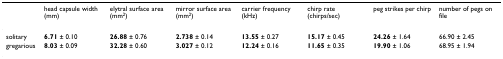
|  | head capsule width (mm) | elytral surface area (mm2) | mirror surface area (mm2) | carrier frequency (kHz) | chirp rate (chirps/sec) | peg strikes per chirp | number of pegs on file |
 | --- | --- | --- | --- | --- | --- | --- | --- |
 | solitary | 6.71 ± 0.10 | 26.88 ± 0.76 | 2.738 ± 0.14 | 13.55 ± 0.27 | 15.17 ± 0.45 | 24.26 ± 1.64 | 66.90 ± 2.45 |
 | gregarious | 8.03 ± 0.09 | 32.28 ± 0.60 | 3.027 ± 0.12 | 12.24 ± 0.16 | 11.65 ± 0.35 | 19.90 ± 1.06 | 68.95 ± 1.94 |